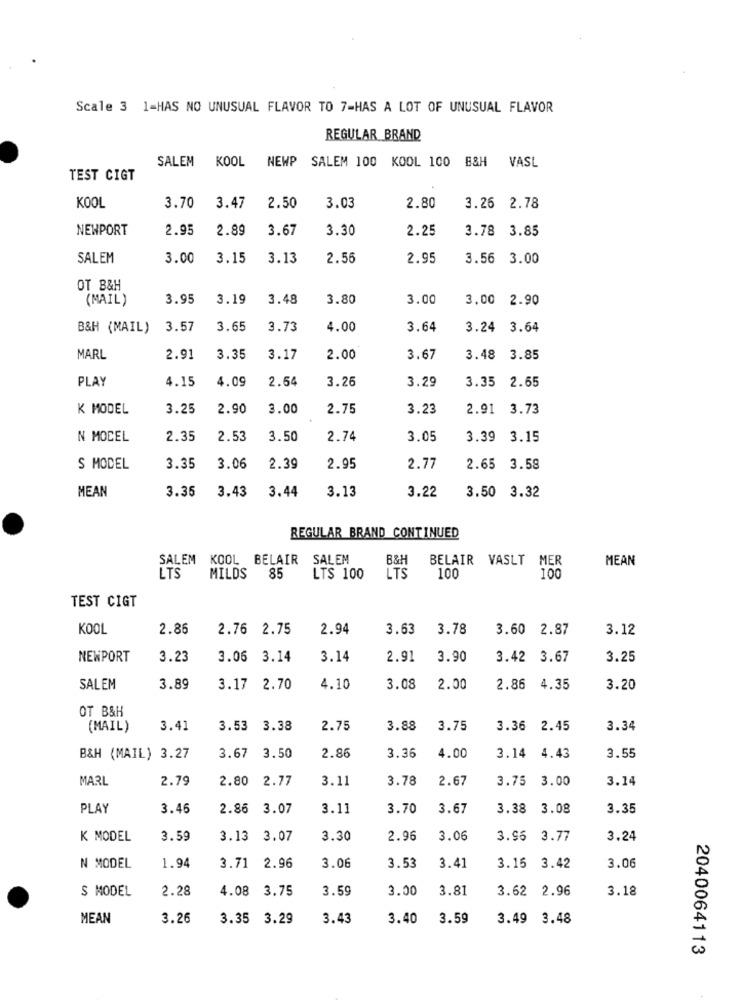
Scale 3 1-HAS NO UNUSUAL FLAVOR TO 7-HAS A LOT OF UNUSUAL FLAVOR
REGULAR BRAND
SALEM KOOL NEWP SALEM 100 KOOL 100 B&H
VASL
TEST CIGT
KOOL
3.70
3.47
2.50
3.03
2.80
3.26 2.78
NEWPORT
2.95
2.89
3.67
3.30
2.25
3.78 3.85
SALEM
3.00
3.15
3.13
2.56
2.95
3.56 3.00
OT B&H
(MAIL)
3.95
3.19
3.48
3.80
3.00
3.00 2.90
B&H (MAIL)
3.57
3.65
3.73
4.00
3.64
3.24 3.64
MARL
2.91
3.35
3.17
2.00
3.67
3.48
3.85
PLAY
4.15
4.09
2.54
3.35
2.65
3.26
3.29
K MODEL
3.25
2.90
3.00
2.75
3.23
2.91
3.73
N MOCEL
2.35
2.53
3.50
2.74
3.05
3.39
3.15
S MODEL
3.35
3.06
2.39
2.95
2.77
2.65
3.58
MEAN
3.35
3.13
3.43
3.44
3.22
3.50 3.32
REGULAR BRAND CONTINUED
SALEM
KOOL BELAIR
SALEM
B&H
BELAIR VASLT MER
MEAN
LTS
100
LTS
MILDS
85
LTS 100
100
TEST CIGT
KOOL
2.86
2.76 2.75
2.94
3.63
3.78
3.60 2.87
3.12
NEWPORT
3.23
3.06 3.14
3.14
2.91
3.90
3.42 3.67
3.25
SALEM
3.89
3.17 2.70
4.10
3.08
2.00
2.86 4.35
3.20
OT B&H
(MAIL)
3.41
3.53
3.38
2.75
3.88
3.75
3.36
2.45
3.34
B&H (MAIL) 3.27
3.67
3.50
2.86
3.36
4.00
3.14
4.43
3.55
MARL
2.79
2.80 2.77
3.11
3.78
2.67
3.75
3.00
3.14
PLAY
3.46
2.86 3.07
3.11
3.70
3.67
3.38
3.08
3.35
K MODEL
3.59
3.13
3.07
3.30
2.96
3.06
3.96
3.77
3.24
N MODEL
1.94
3.71
2.96
3.06
3.53
3.41
3.15
3.42
3.06
S MODEL
2.28
4.08 3.75
3.59
3.00
3.81
3.62 2.96
3.18
MEAN
3.26
3.35 3.29
3.43
3.40
3.59
3.49 3.48
2040064113